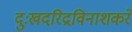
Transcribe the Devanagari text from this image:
दुःखदरिद्रविनाशकरे